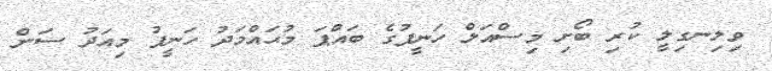
ވިލިނގިލީ ކުރި ބޯށި މިސްއަލް ހަނީފުގެ ބައްޕަ މުޙައްމަދު ހަނީފު މިއަދު ސަން